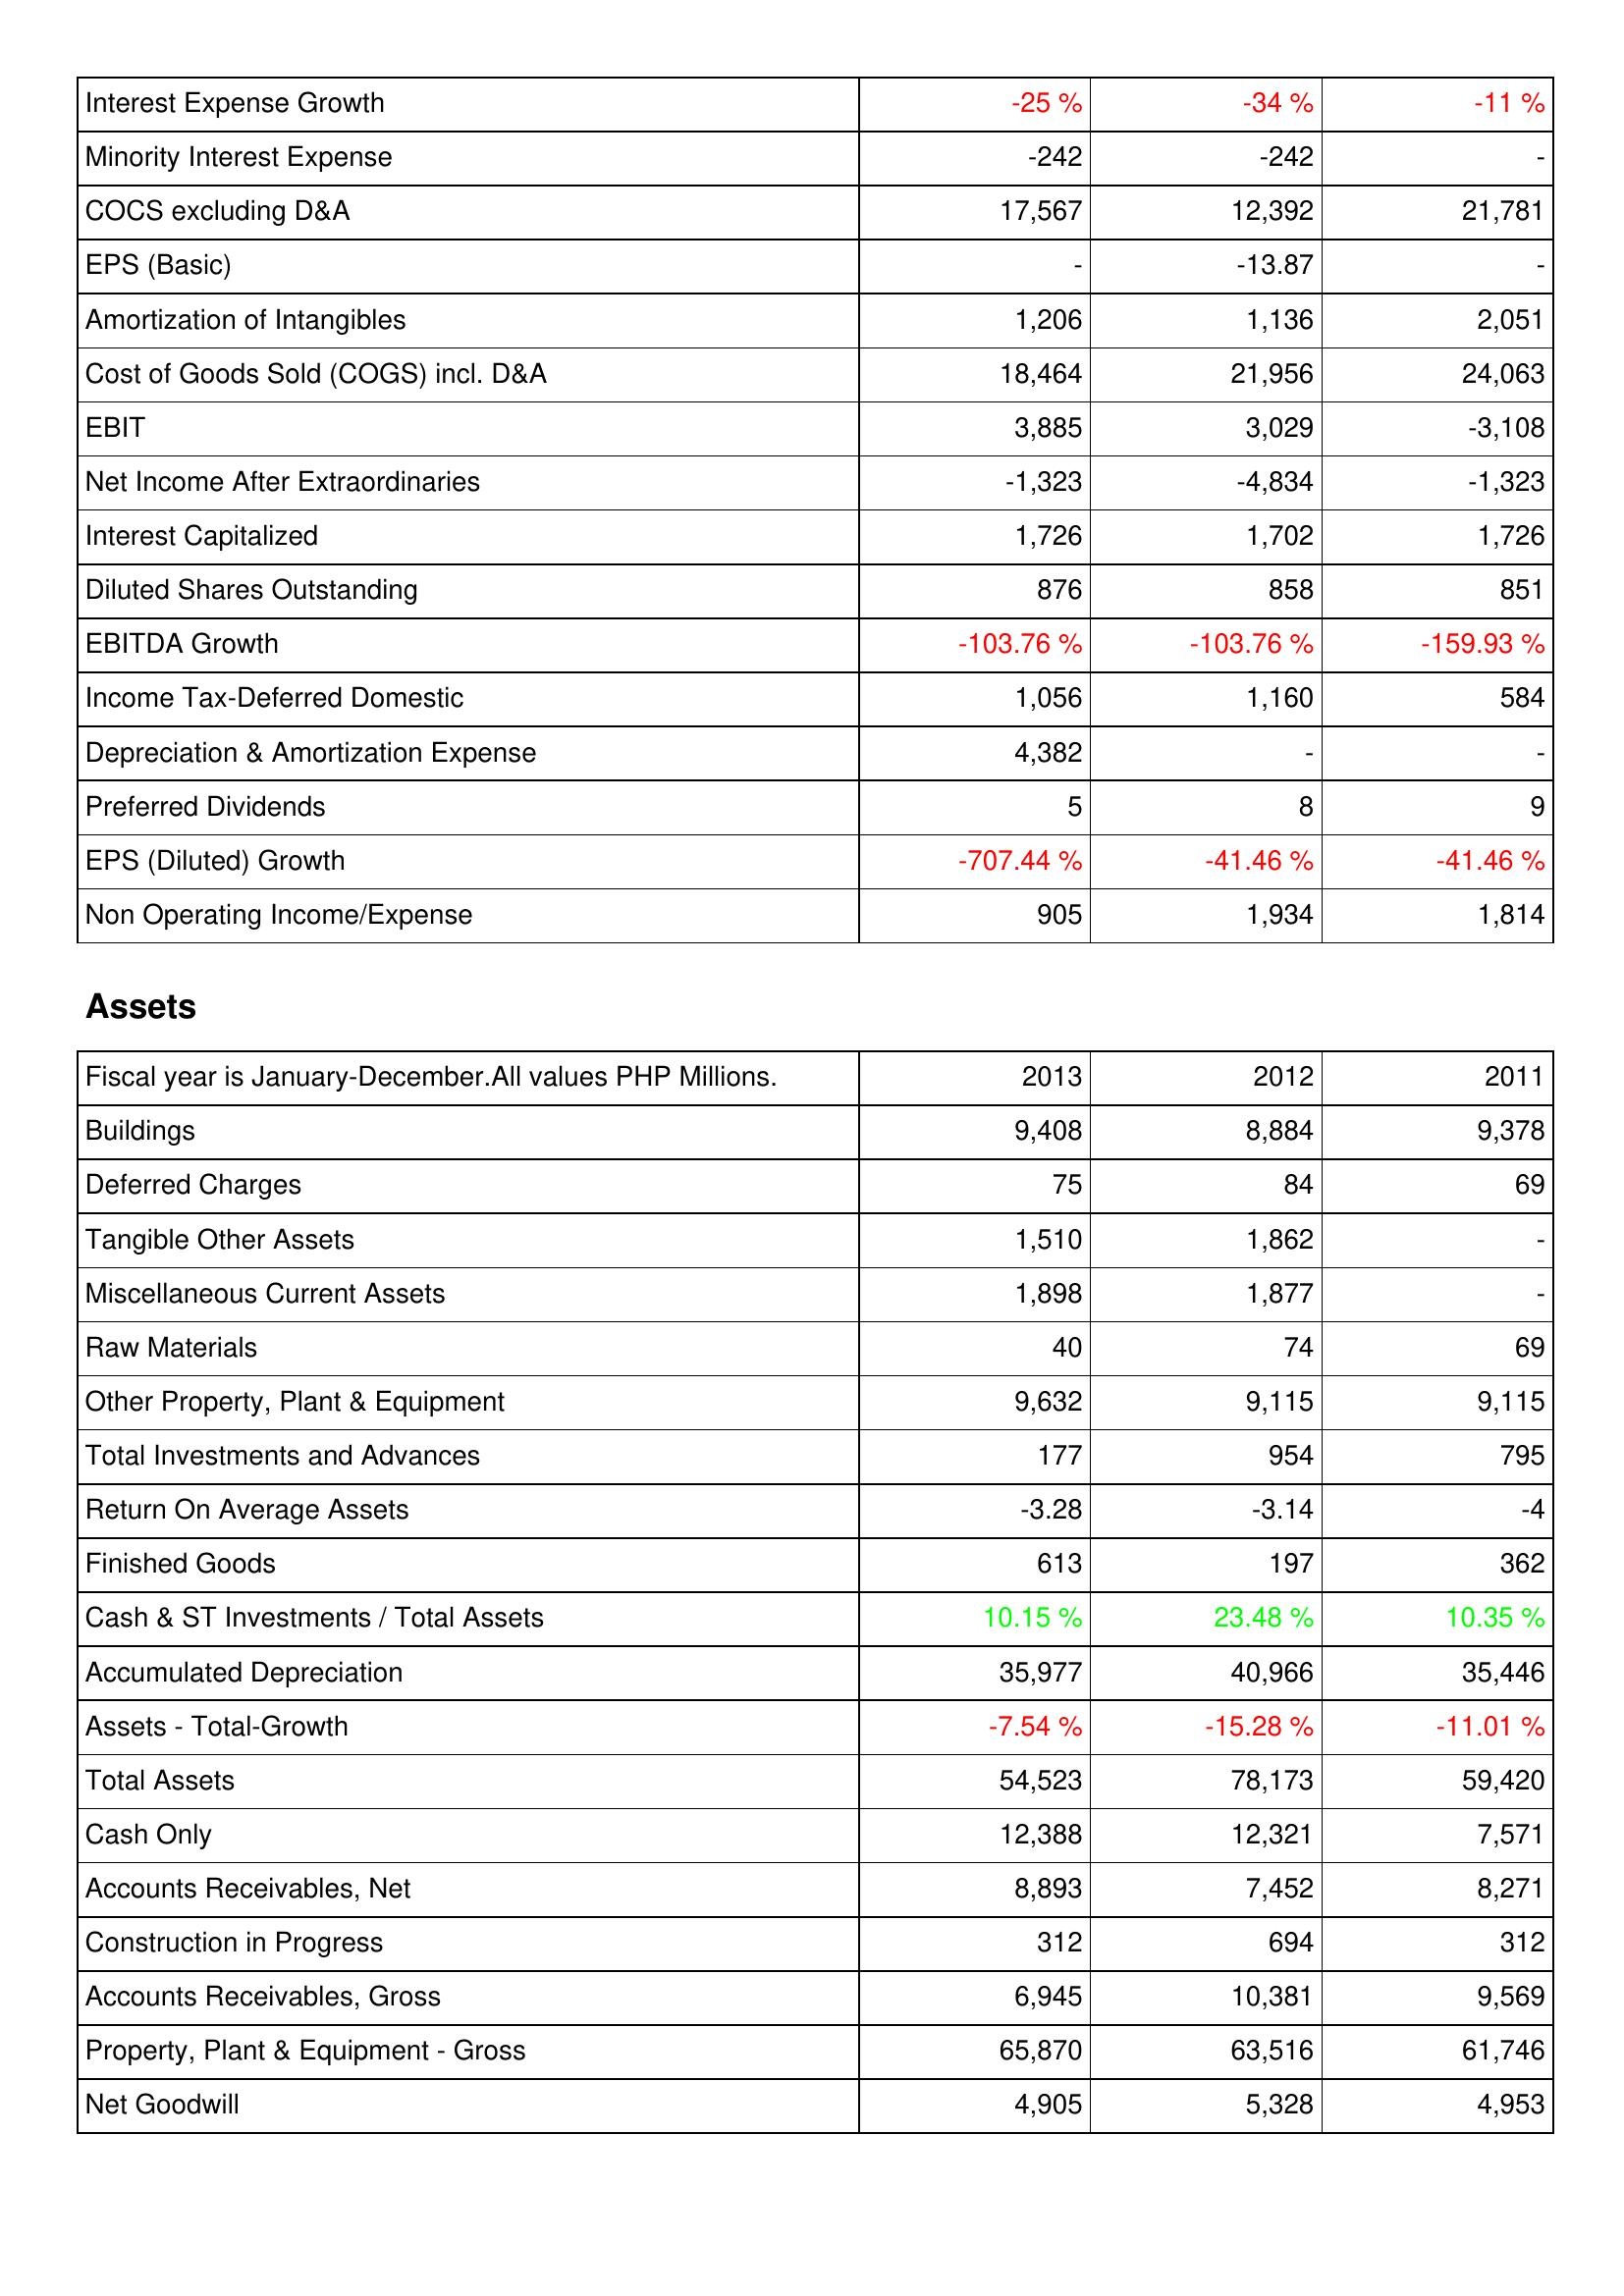
2013: Income Statement: Interest Expense Growth: -25 %
Minority Interest Expense: -242
COCS excluding D&A: 17,567
EPS (Basic): -
Amortization of Intangibles: 1,206
Cost of Goods Sold (COGS) incl. D&A: 18,464
EBIT: 3,885
Net Income After Extraordinaries: -1,323
Interest Capitalized: 1,726
Diluted Shares Outstanding: 876
EBITDA Growth: -103.76 %
Income Tax-Deferred Domestic: 1,056
Depreciation & Amortization Expense: 4,382
Preferred Dividends: 5
EPS (Diluted) Growth: -707.44 %
Non Operating Income/Expense: 905
Assets: Buildings: 9,408
Deferred Charges: 75
Tangible Other Assets: 1,510
Miscellaneous Current Assets: 1,898
Raw Materials: 40
Other Property, Plant & Equipment: 9,632
Total Investments and Advances: 177
Return On Average Assets: -3.28
Finished Goods: 613
Cash & ST Investments / Total Assets: 10.15 %
Accumulated Depreciation: 35,977
Assets - Total-Growth: -7.54 %
Total Assets: 54,523
Cash Only: 12,388
Accounts Receivables, Net: 8,893
Construction in Progress: 312
Accounts Receivables, Gross: 6,945
Property, Plant & Equipment - Gross: 65,870
Net Goodwill: 4,905
2012: Income Statement: Interest Expense Growth: -34 %
Minority Interest Expense: -242
COCS excluding D&A: 12,392
EPS (Basic): -13.87
Amortization of Intangibles: 1,136
Cost of Goods Sold (COGS) incl. D&A: 21,956
EBIT: 3,029
Net Income After Extraordinaries: -4,834
Interest Capitalized: 1,702
Diluted Shares Outstanding: 858
EBITDA Growth: -103.76 %
Income Tax-Deferred Domestic: 1,160
Depreciation & Amortization Expense: -
Preferred Dividends: 8
EPS (Diluted) Growth: -41.46 %
Non Operating Income/Expense: 1,934
Assets: Buildings: 8,884
Deferred Charges: 84
Tangible Other Assets: 1,862
Miscellaneous Current Assets: 1,877
Raw Materials: 74
Other Property, Plant & Equipment: 9,115
Total Investments and Advances: 954
Return On Average Assets: -3.14
Finished Goods: 197
Cash & ST Investments / Total Assets: 23.48 %
Accumulated Depreciation: 40,966
Assets - Total-Growth: -15.28 %
Total Assets: 78,173
Cash Only: 12,321
Accounts Receivables, Net: 7,452
Construction in Progress: 694
Accounts Receivables, Gross: 10,381
Property, Plant & Equipment - Gross: 63,516
Net Goodwill: 5,328
2011: Income Statement: Interest Expense Growth: -11 %
Minority Interest Expense: -
COCS excluding D&A: 21,781
EPS (Basic): -
Amortization of Intangibles: 2,051
Cost of Goods Sold (COGS) incl. D&A: 24,063
EBIT: -3,108
Net Income After Extraordinaries: -1,323
Interest Capitalized: 1,726
Diluted Shares Outstanding: 851
EBITDA Growth: -159.93 %
Income Tax-Deferred Domestic: 584
Depreciation & Amortization Expense: -
Preferred Dividends: 9
EPS (Diluted) Growth: -41.46 %
Non Operating Income/Expense: 1,814
Assets: Buildings: 9,378
Deferred Charges: 69
Tangible Other Assets: -
Miscellaneous Current Assets: -
Raw Materials: 69
Other Property, Plant & Equipment: 9,115
Total Investments and Advances: 795
Return On Average Assets: -4
Finished Goods: 362
Cash & ST Investments / Total Assets: 10.35 %
Accumulated Depreciation: 35,446
Assets - Total-Growth: -11.01 %
Total Assets: 59,420
Cash Only: 7,571
Accounts Receivables, Net: 8,271
Construction in Progress: 312
Accounts Receivables, Gross: 9,569
Property, Plant & Equipment - Gross: 61,746
Net Goodwill: 4,953